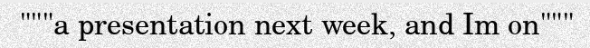
"""a presentation next week, and Im on"""